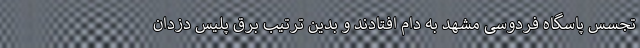
تجسس پاسگاه فردوسی مشهد به دام افتادند و بدین ترتیب برق پلیس دزدان